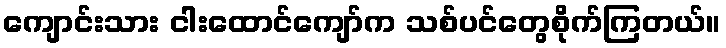
ကျောင်းသား ငါးထောင်ကျော်က သစ်ပင်တွေစိုက်ကြတယ်။